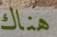
هناك